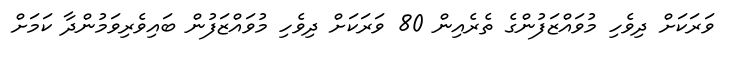
ވަރަކަށް ދިވެހި މުވައްޒަފުންގެ ތެރެއިން 80 ވަރަކަށް ދިވެހި މުވައްޒަފުން ބައިވެރިވަމުންދާ ކަމަށް